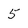
Character: 5